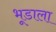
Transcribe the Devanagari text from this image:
भूडाला